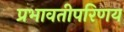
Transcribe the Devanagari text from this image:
प्रभावतीपरिणय